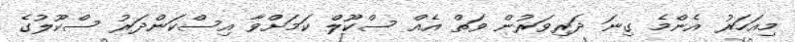
މިއަހަރު އެންމެ ގިނަ ދަރިވަރުން ވަތް އެއް ސްކޫލް ކަމަށްވާ އިސްކަންދަރު ސްކޫލުގެ